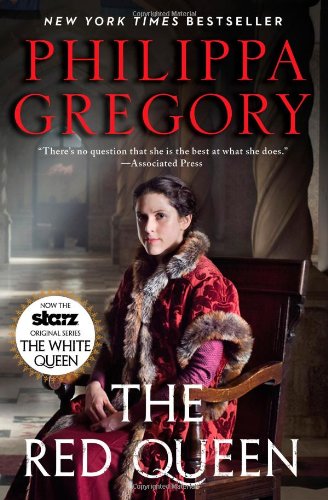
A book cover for The Red Queen (The Cousin's War); Philippa Gregory; Literature & Fiction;